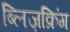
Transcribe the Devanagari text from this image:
ब्लिज़क्रिंग